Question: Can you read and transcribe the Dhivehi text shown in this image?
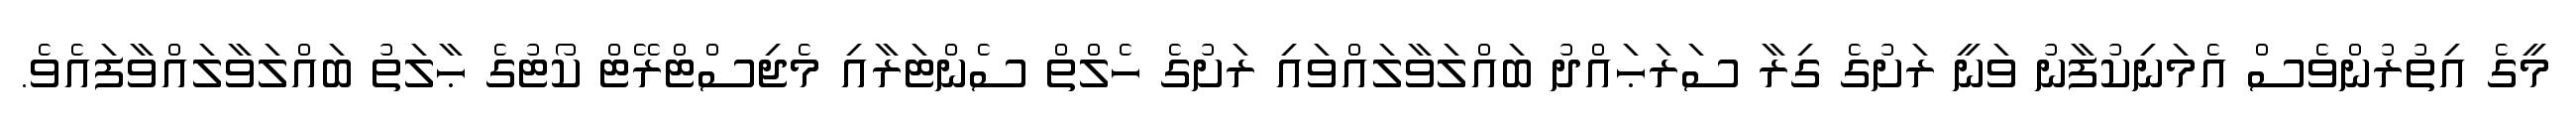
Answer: މީގެ އިތުރުންވެސް އެމަނިކުފާނު ވަނީ ރަށުގެ ގިރާ ސަރަޙައްދު ބައްލަވާލައްވައި ރަށުގެ ހެލްތް ސެންޓަރާއި މެޖިސްޓްރޭޓް ކޯޓުގެ ޙާލަތު ބައްލަވާލައްވާފައެވެ.